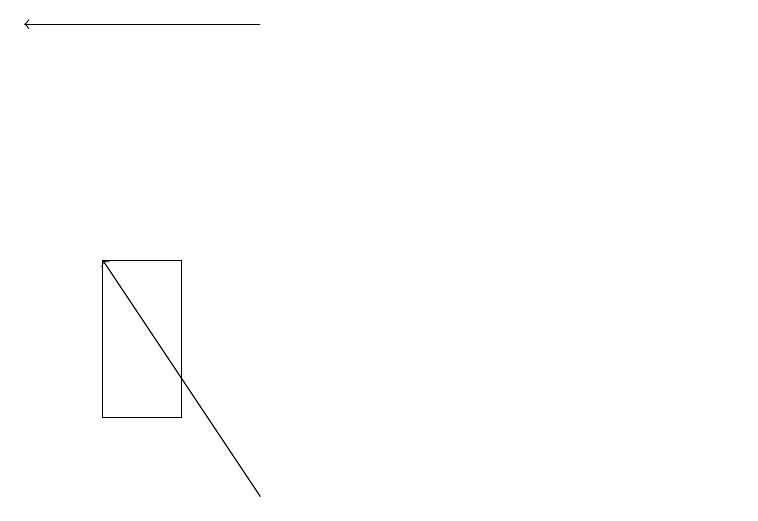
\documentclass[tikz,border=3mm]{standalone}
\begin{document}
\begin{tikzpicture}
\draw[->] (4,17) -- (1,17);
\draw (10,11) circle (0);
\draw (2,12) rectangle (3,14);
\draw[->] (4,11) -- (2,14);
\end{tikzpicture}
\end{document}